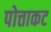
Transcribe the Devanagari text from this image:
पोत्ताकट